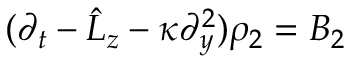
( \partial _ { t } - \hat { L } _ { z } - \kappa \partial _ { y } ^ { 2 } ) \rho _ { 2 } = B _ { 2 }